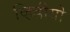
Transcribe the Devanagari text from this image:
व्हिडीयो